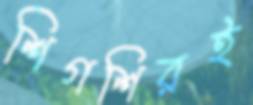
শিগশিরই